Burma Government Medical School reports 1923-41
Year: 1923
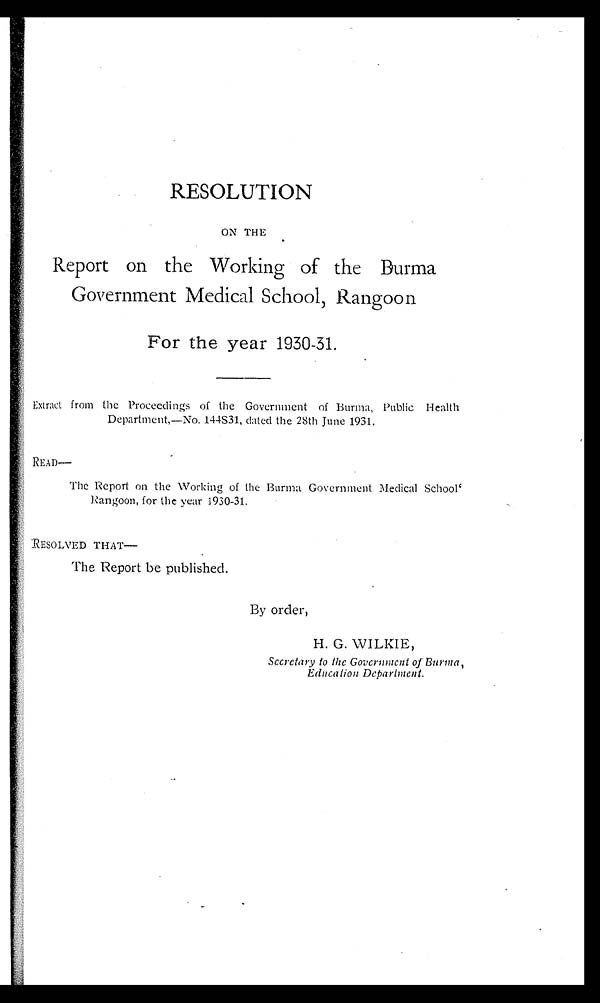
RESOLUTION
ON THE
Report on the Working of the Burma
Government Medical School, Rangoon
For the year 1930-31.
Extract from the Proceedings of the Government of Burma, Public Health
Department,—No. 144S31, dated the 28th June 1931.
READ—
The Report on the Working of the Burma Government Medical School'
Rangoon, for the year 1930-31.
RESOLVED THAT—
The Report be published.
By order,
H. G. WILKIE,
Secretary to the Government of Burma,
Education Department.